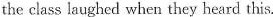
the class laughed when they heard this.